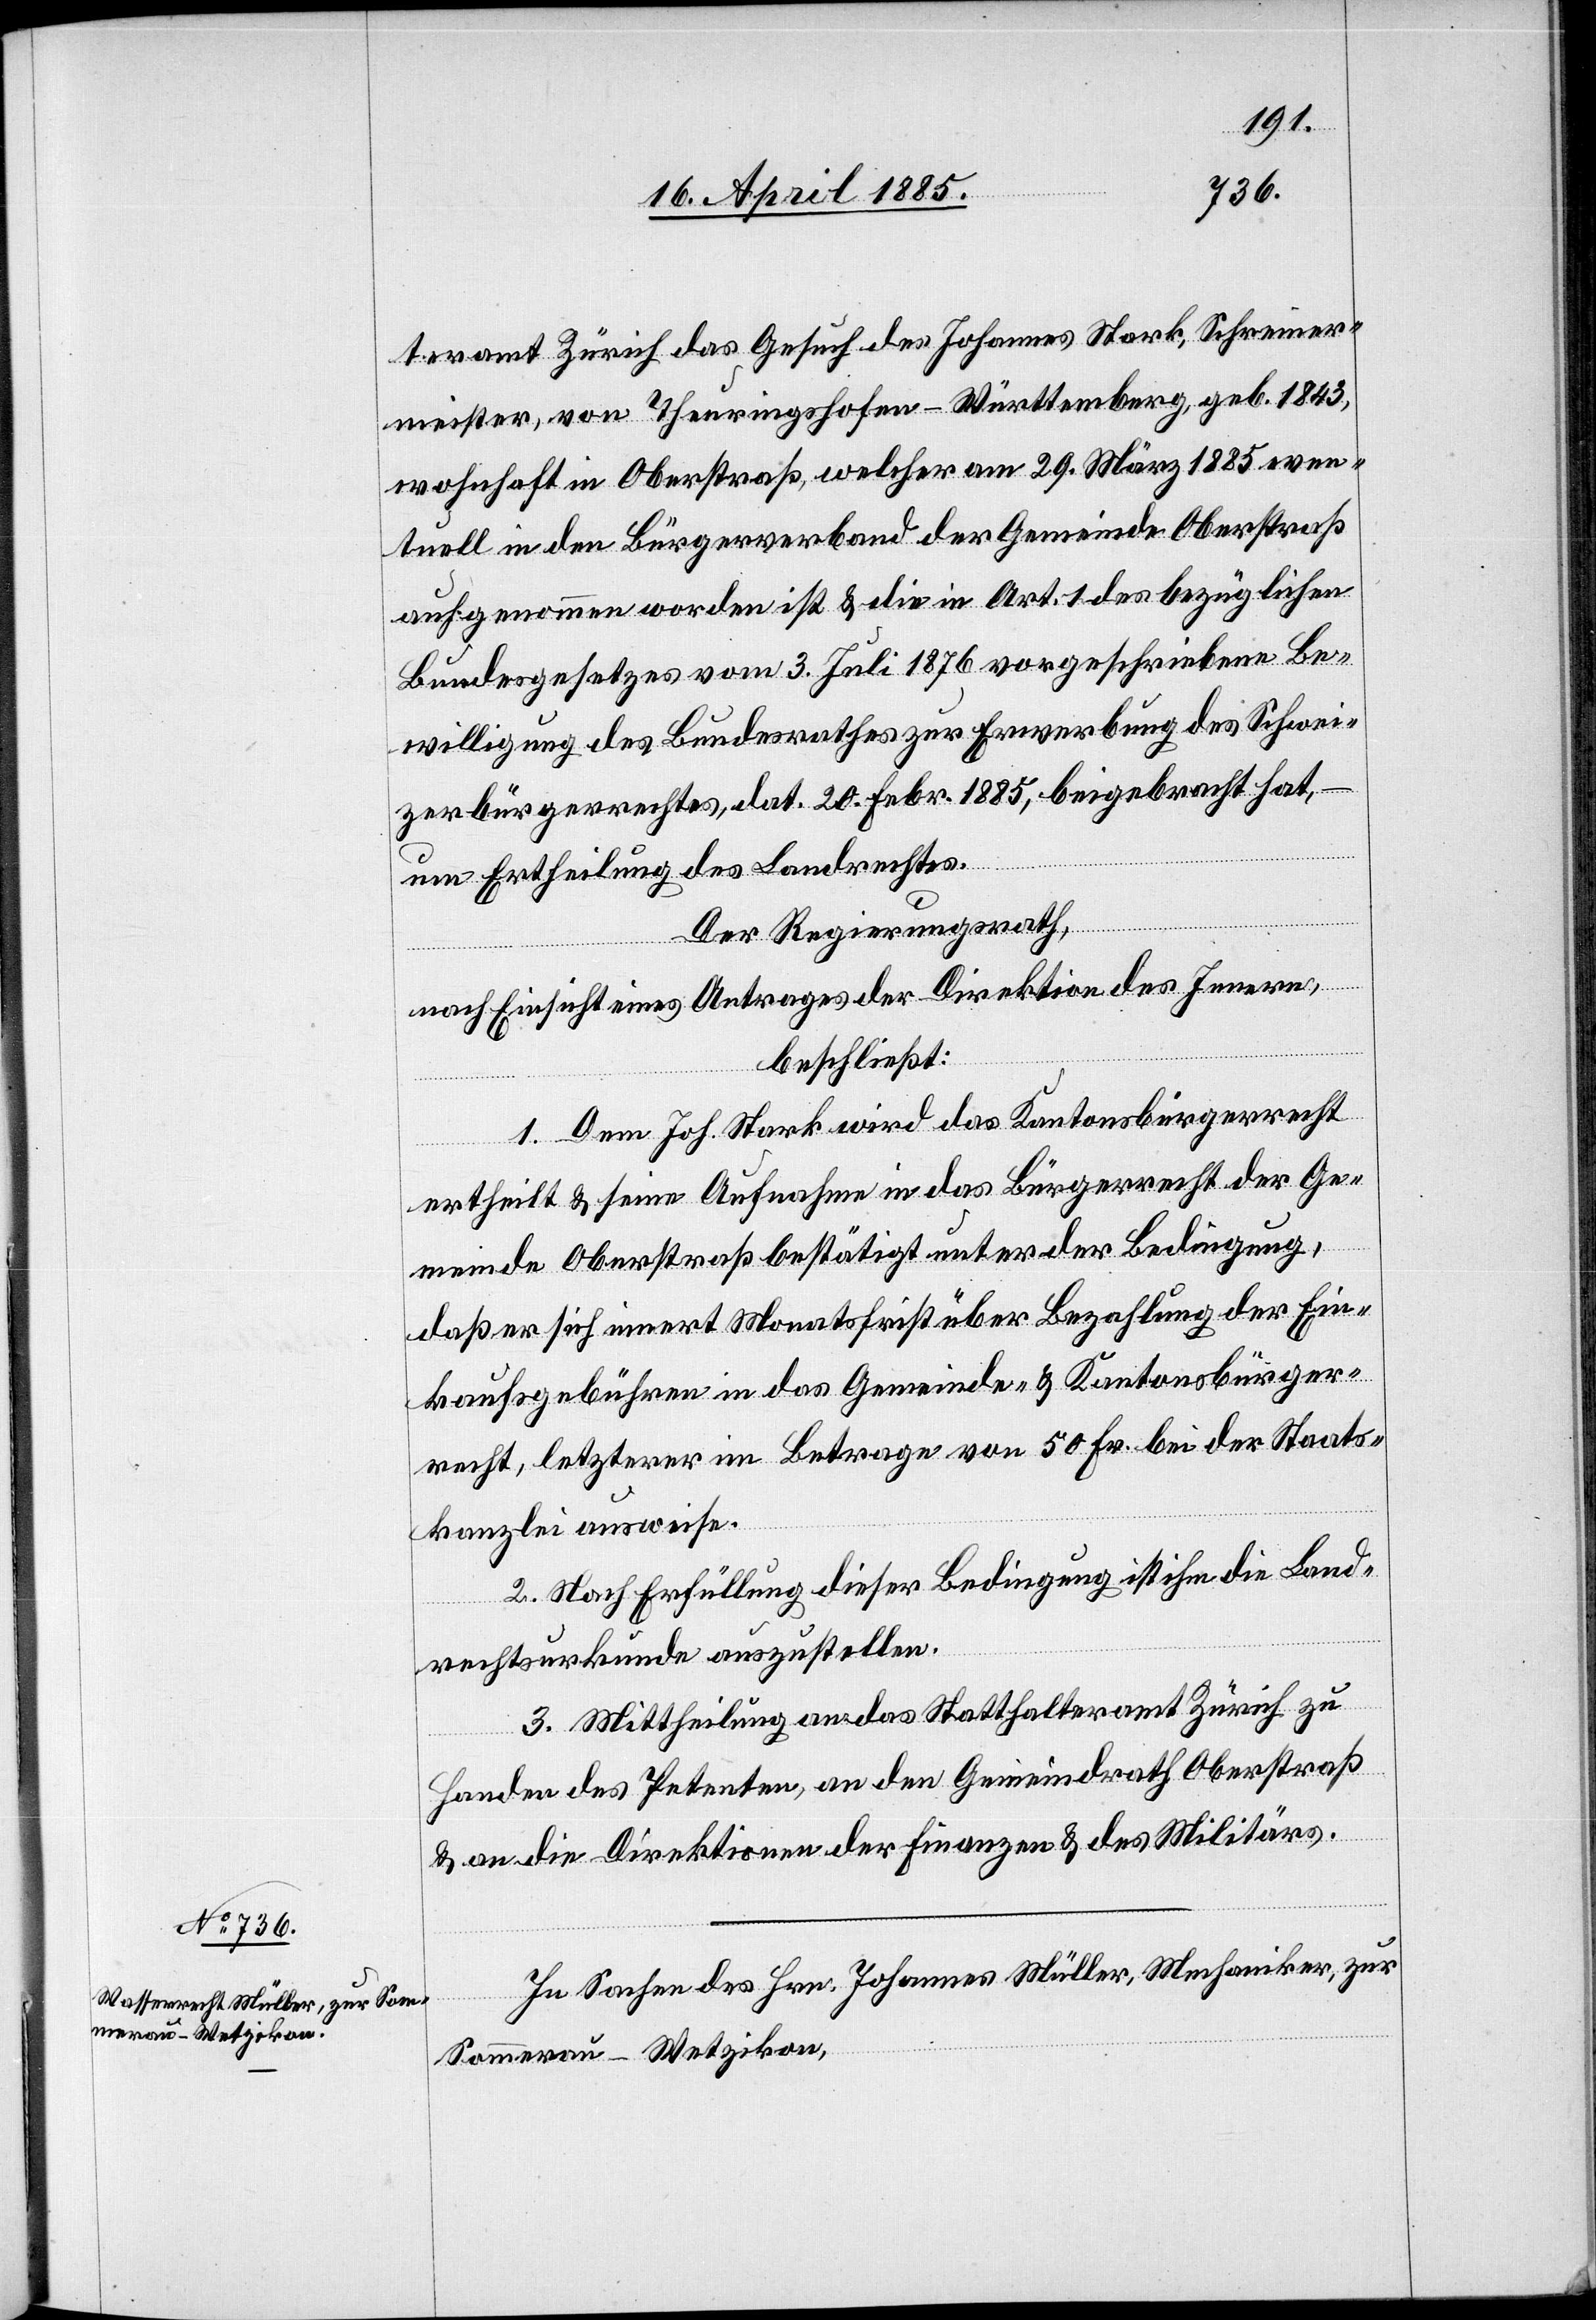
teramt Zürich das Gesuch des Johannes Stark, Schreiner¬
meister, von Theuringshofen - Württemberg, geb. 1843,
wohnhaft in Oberstraß, welcher am 29. März 1885 even¬
tuell in den Bürgerverband der Gemeinde Oberstraß
aufgenommen worden ist & die in Art. 1 des bezüglichen
Bundesgesetzes vom 3. Juli 1876 vorgeschriebene Be¬
willigung des Bundesrathes zur Erwerbung des Schwei¬
zerbürgerrechtes, dat. 20. Febr. 1885, beigebracht hat,
um Ertheilung des Landrechtes.
Der Regierungsrath,
nach Einsicht eines Antrages der Direktion des Innern,
beschließt:
1. Dem Joh. Stark wird das Kantonsbürgerrecht
erteilt & seine Aufnahme in das Bürgerrecht der Ge¬
meinde Oberstraß bestätigt unter der Bedingung,
daß er sich innert Monatsfrist über Bezahlung der Ein¬
kaufsgebühren in das Gemeinde- & Kantonsbürger¬
recht, letzterer im Betrage von 50 Fr. bei der Staats¬
kanzlei ausweise.
2. Nach Erfüllung dieser Bedingung ist ihm die Land¬
rechtsurkunde auszustellen.
3. Mittheilung an das Statthalteramt Zürich zu
Handen des Petenten, an den Gemeindrath Oberstraß
& an die Direktionen der Finanzen & des Militärs.
In Sachen des Hrn. Johannes Müller, Mechaniker, zur
Sommerau - Wetzikon,